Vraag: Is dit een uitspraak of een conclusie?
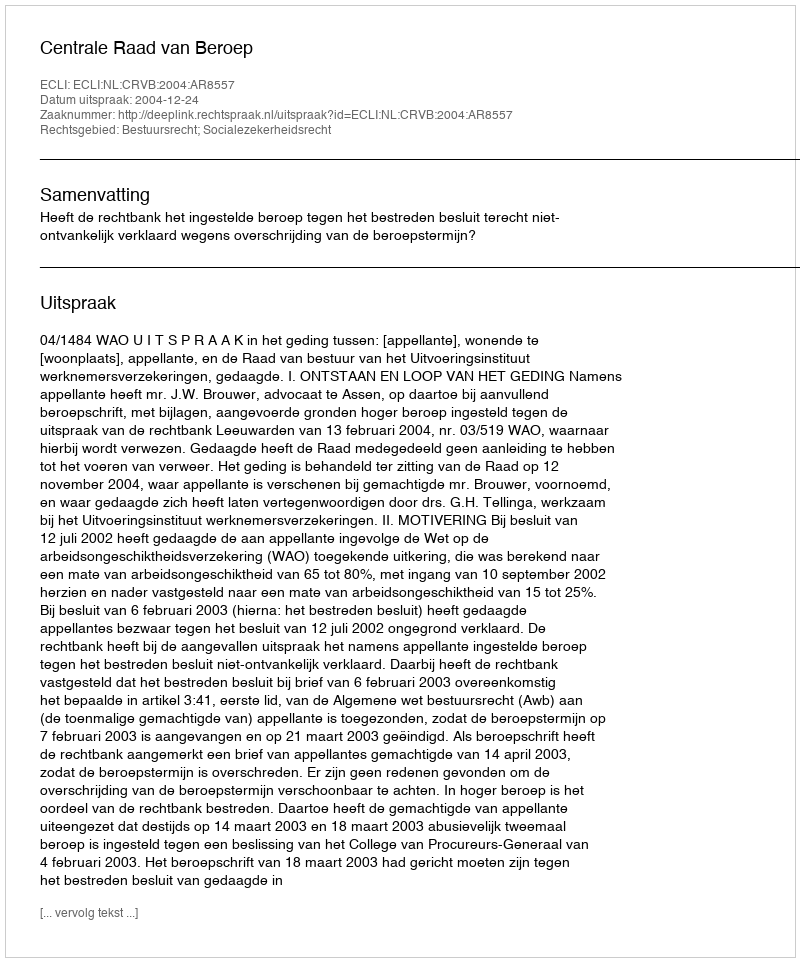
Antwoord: Uitspraak